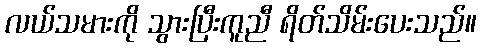
လယ်သမားကို သွားပြီးကူညီ ရိတ်သိမ်းပေးသည်။